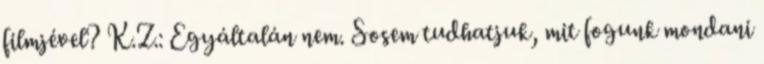
filmjével? K.Z.: Egyáltalán nem. Sosem tudhatjuk, mit fogunk mondani